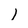
Character: I